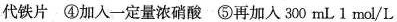
代铁片 ④加入一定量浓硝酸 ⑤再加入300mL1mol/L